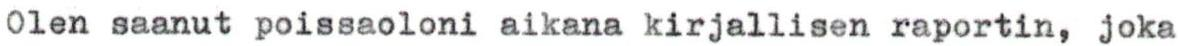
Olen saanut poissaoloni aikana kirjallisen raportin, joka